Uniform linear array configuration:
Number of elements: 16
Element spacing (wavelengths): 1
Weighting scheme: hann
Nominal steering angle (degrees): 45
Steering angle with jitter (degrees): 45.955
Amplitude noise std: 0.05
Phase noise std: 0.05

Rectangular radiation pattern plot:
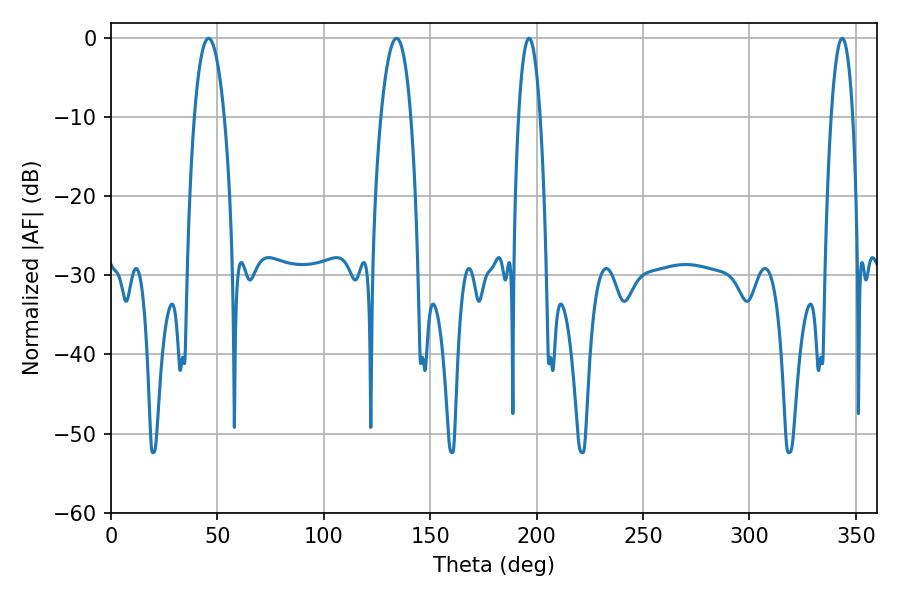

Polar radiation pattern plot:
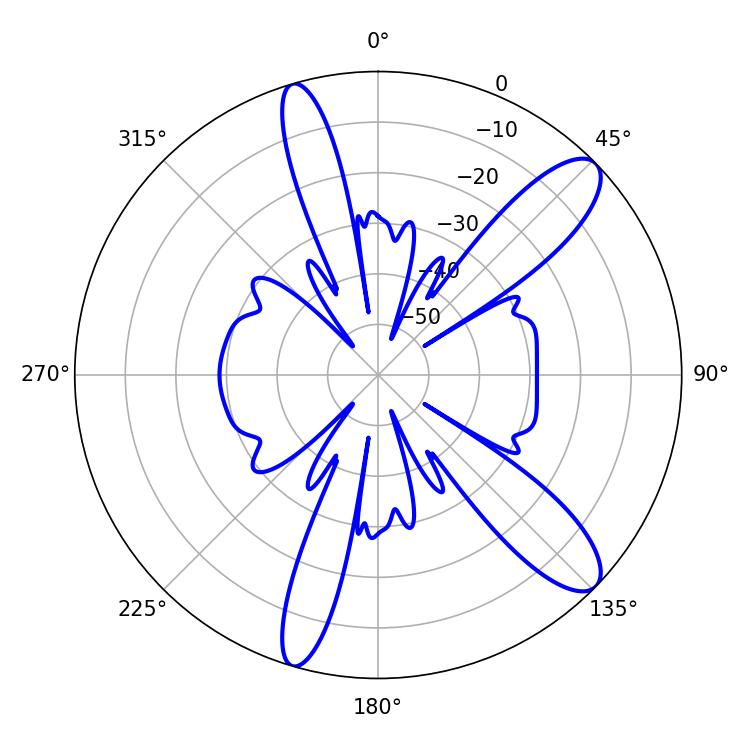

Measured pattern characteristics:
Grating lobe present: TRUE
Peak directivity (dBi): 11.25
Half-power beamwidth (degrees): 5.58
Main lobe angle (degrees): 196.38